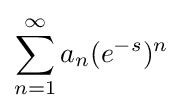
\sum _{n=1}^{\infty }a_{n}(e^{-s})^{n}